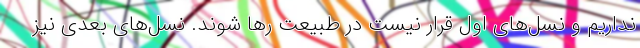
نداریم و نسل‌های اول قرار نیست در طبیعت رها شوند. نسل‌های بعدی نیز